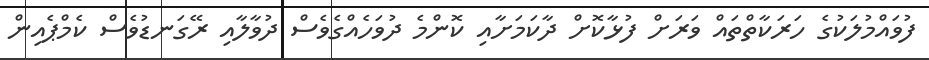
ފުވައްމުލަކުގެ ހަރަކާތްތައް ވަރަށް ފުޅާކޮށް ދާކަމަށާއި ކޮންމެ ދުވަހެެއްގެވެސް ދުވާލާއި ރޭގަނޑުވެސް ކެމްޕެއިން